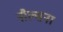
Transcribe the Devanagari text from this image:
नौल्सना